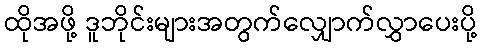
ထိုအဖို့ ဒူဘိုင်းများအတွက်လျှောက်လွှာပေးပို့